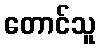
တောင်သူ